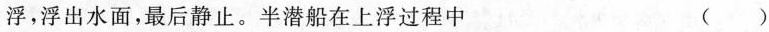
浮，浮出水面，最后静止。半潜船在上浮过程中 ()